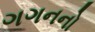
ગગનનો